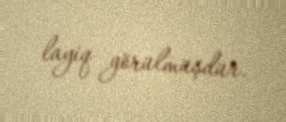
layiq görülmüşdür.